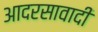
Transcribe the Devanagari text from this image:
आदरसावादी